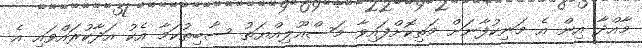
މާއްދާ އިން އެ މަނިކުފާނަށް މަތިކޮށްފައިވާ މަސްއޫލިއްޔަތު ސާބިތުކަމާ އެކު އަދާކުރައްވައި އެ